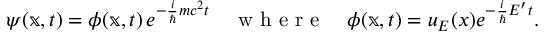
\psi ( \mathbb { x } , t ) = \phi ( \mathbb { x } , t ) \, e ^ { - { \frac { i } { \hbar } } m c ^ { 2 } t } \quad { \textrm { w h e r e } } \quad \phi ( \mathbb { x } , t ) = u _ { E } ( x ) e ^ { - { \frac { i } { \hbar } } E ^ { \prime } t } .